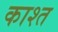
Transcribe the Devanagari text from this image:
काश्‍त